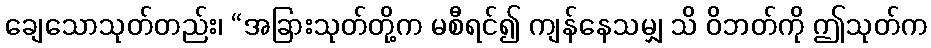
ချေသောသုတ်တည်း၊ “အခြားသုတ်တို့က မစီရင်၍ ကျန်နေသမျှ သိ ဝိဘတ်ကို ဤသုတ်က